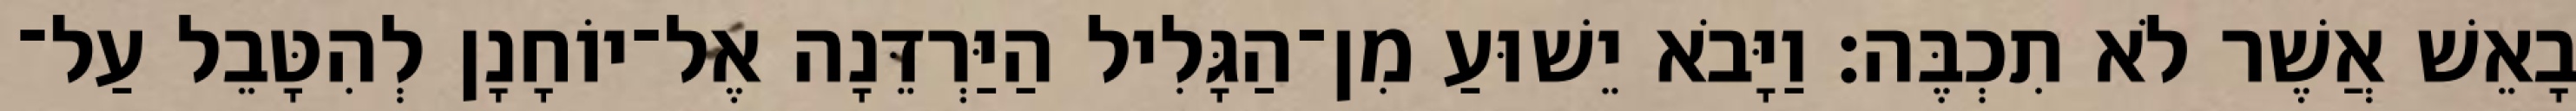
בָאֵשׁ אֲשֶׁר לֹא תִכְבֶּה׃ וַיָּבֹא יֵשׁוּעַ מִן־הַגָּלִיל הַיַּרְדֵּנָה אֶל־יוֹחָנָן לְהִטָּבֵל עַל־